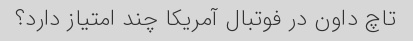
تاچ داون در فوتبال آمریکا چند امتیاز دارد؟